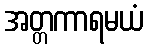
အတ္တကာရမယံ